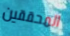
المحققين